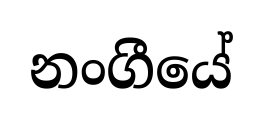
නංගීයේ